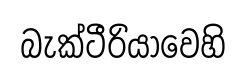
බැක්ටීරියාවෙහි